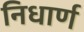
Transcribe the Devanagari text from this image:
निधार्ण